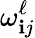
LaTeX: \omega_{\mathbf{i}j}^{\ell}